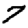
Digit: 7